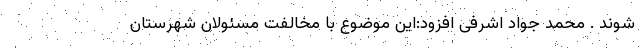
شوند . محمد جواد اشرفی افزود:این موضوع با مخالفت مسئولان شهرستان